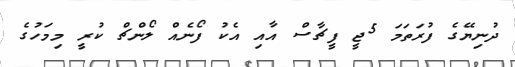
ދުނިޔޭގެ ފުރަތަމަ 5ޖީ ފީޗާސް އާއި އެކު ފޯނެއް ލޯންޗް ކުރީ މިމަހުގެ